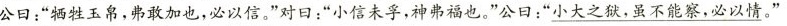
公日：”牺牲玉帛，弗敢加也，必以信。”对日：”小信未孚，神弗福也。”公日：”\underline{小大之狱，虽不能察，必以情。}”